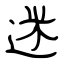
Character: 迷